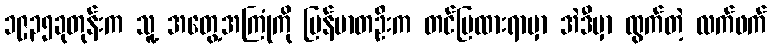
၁၉၃၅ခုတုန်းက သူ့ အတွေ့အကြုံကို မြန်မာတဦးက တင်ပြထားရာမှာ အဲဒီမှာ ထွက်တဲ့ လက်ဖက်